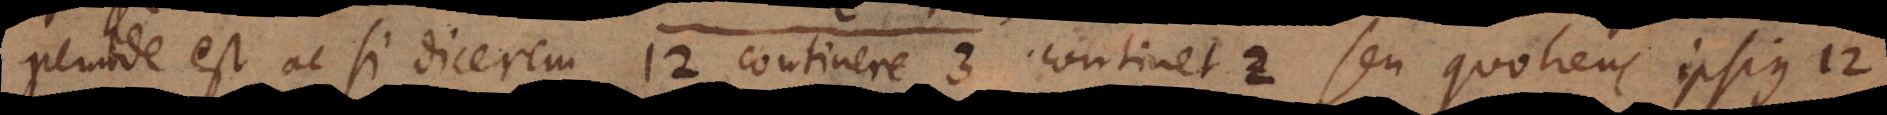
Perinde est ac si dicerem 12 continere 3 continet 2 seu quotiens ipsius 12